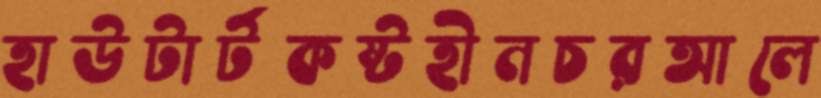
হাউটার্টকষ্টহীনচরআলে